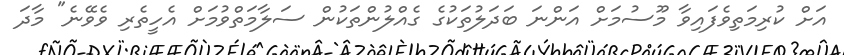
އަށް ކުރިމަތިވެފައިވާ މޫސުމަށް އަންނަ ބަދަލުތަކުގެ ގެއްލުންތަކުން ސަލާމަތްވުމަށް އެހީތެރި ވެވޭނެ" މާދަ